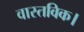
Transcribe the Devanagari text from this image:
वास्तविक।